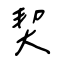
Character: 契